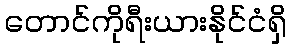
တောင်ကိုရီးယားနိုင်ငံရှိ